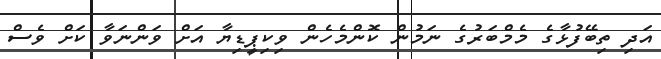
އަދި ތިބޭފުޅާގެ މެމްބަރުގެ ނަމުން ކޮންމެހެން ވިކިޕީޑިޔާ އަށް ވަންނަވާ ކަށް ވެސް